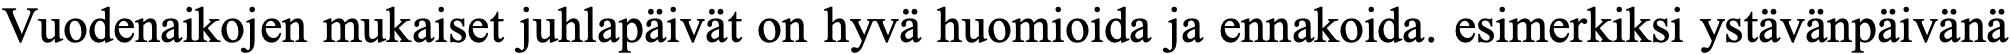
Vuodenaikojen mukaiset juhlapäivät on hyvä huomioida ja ennakoida. esimerkiksi ystävänpäivänä